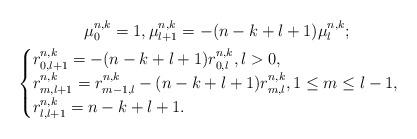
LaTeX: \begin{align*}\begin{gathered}\mu_{0}^{n,k}=1,\mu_{l+1}^{n,k}=-(n-k+l+1)\mu_{l}^{n,k};\\\begin{cases}r_{0,l+1}^{n,k}=-(n-k+l+1)r_{0,l}^{n,k}, l>0,\\r_{m,l+1}^{n,k}=r_{m-1,l}^{n,k}-(n-k+l+1)r_{m,l}^{n,k}, 1\leq m\leq l-1,\\r_{l,l+1}^{n,k}=n-k+l+1.\end{cases}\end{gathered}\end{align*}